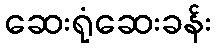
ဆေးရုံဆေးခန်း